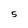
Character: 5